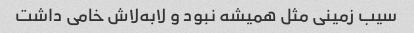
سیب زمینی مثل همیشه نبود و لابه‌لاش خامی داشت